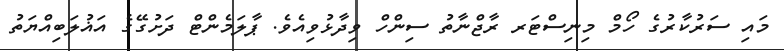
މައި ސަރުކާރުގެ ހޯމް މިނިސްޓަރ ރާޖްނާތު ސިންހް ވިދާޅުވިއެވެ. ޕާލަމެންޓް ދަށުގޭގެ އަޣުލަބިއްޔަތު